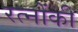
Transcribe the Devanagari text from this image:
रत्नोंकी